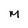
Character: M